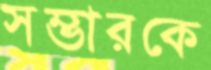
সম্ভারকে